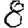
Digit: 8